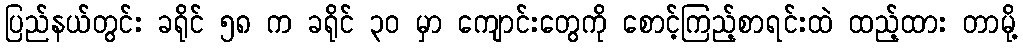
ပြည်နယ်တွင်း ခရိုင် ၅၈ က ခရိုင် ၃၀ မှာ ကျောင်းတွေကို စောင့်ကြည့်စာရင်းထဲ ထည့်ထား တာမို့